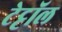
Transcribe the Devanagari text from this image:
टेट्टॉल